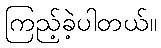
ကြည့်ခဲ့ပါတယ်။